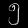
Digit: ၅